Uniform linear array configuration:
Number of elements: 32
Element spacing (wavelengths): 0.5
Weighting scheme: cosine
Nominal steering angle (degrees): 15
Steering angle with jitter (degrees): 13.311
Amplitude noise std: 0.05
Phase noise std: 0.05

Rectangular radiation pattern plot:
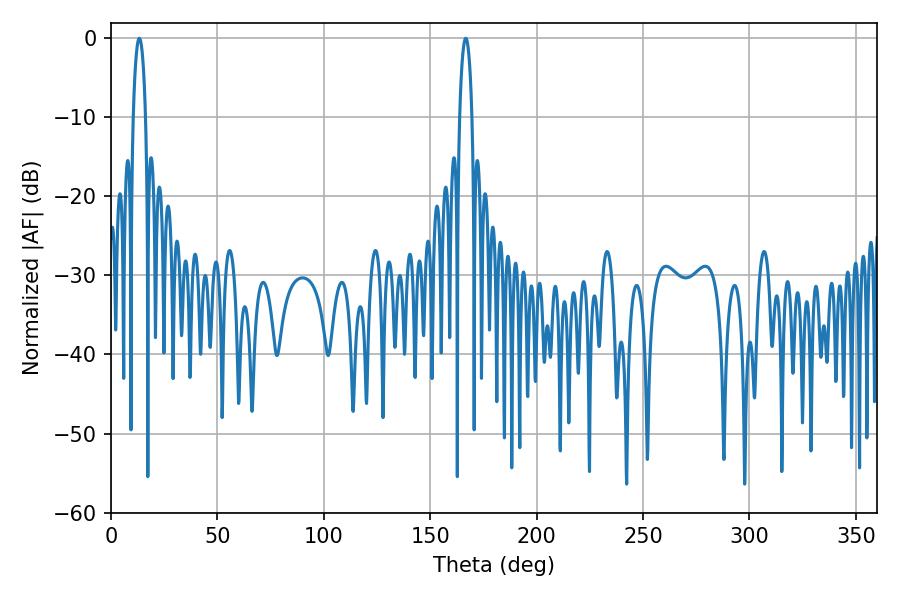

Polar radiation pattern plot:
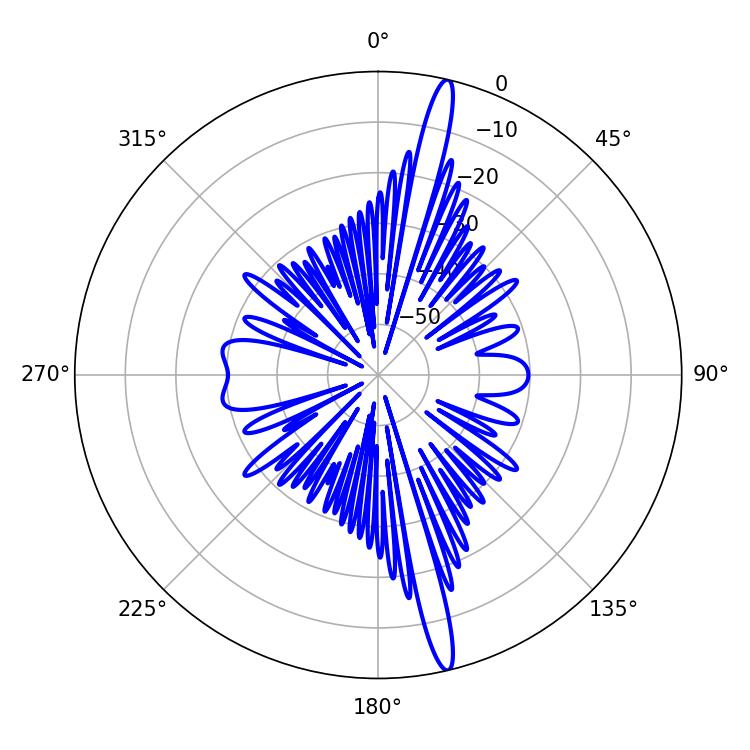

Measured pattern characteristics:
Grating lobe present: FALSE
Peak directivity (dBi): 18.294
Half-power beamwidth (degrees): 3.24
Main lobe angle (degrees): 13.32